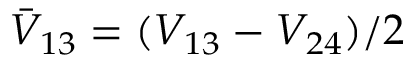
\bar { V } _ { 1 3 } = ( V _ { 1 3 } - V _ { 2 4 } ) / 2